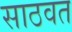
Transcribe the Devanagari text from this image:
साठवत